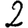
Digit: 2